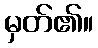
မှတ်၏။